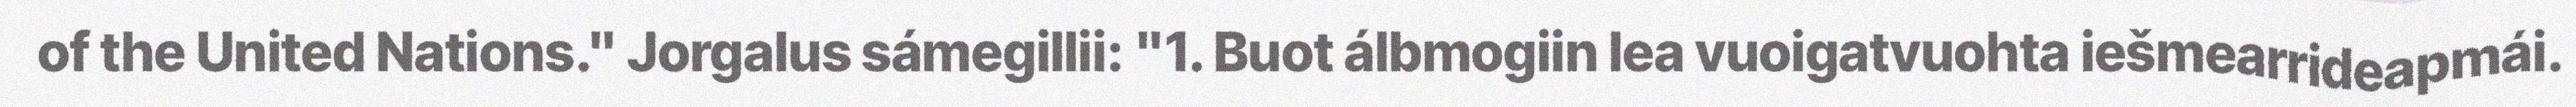
of the United Nations." Jorgalus sámegillii: "1. Buot álbmogiin lea vuoigatvuohta iešmearrideapmái.